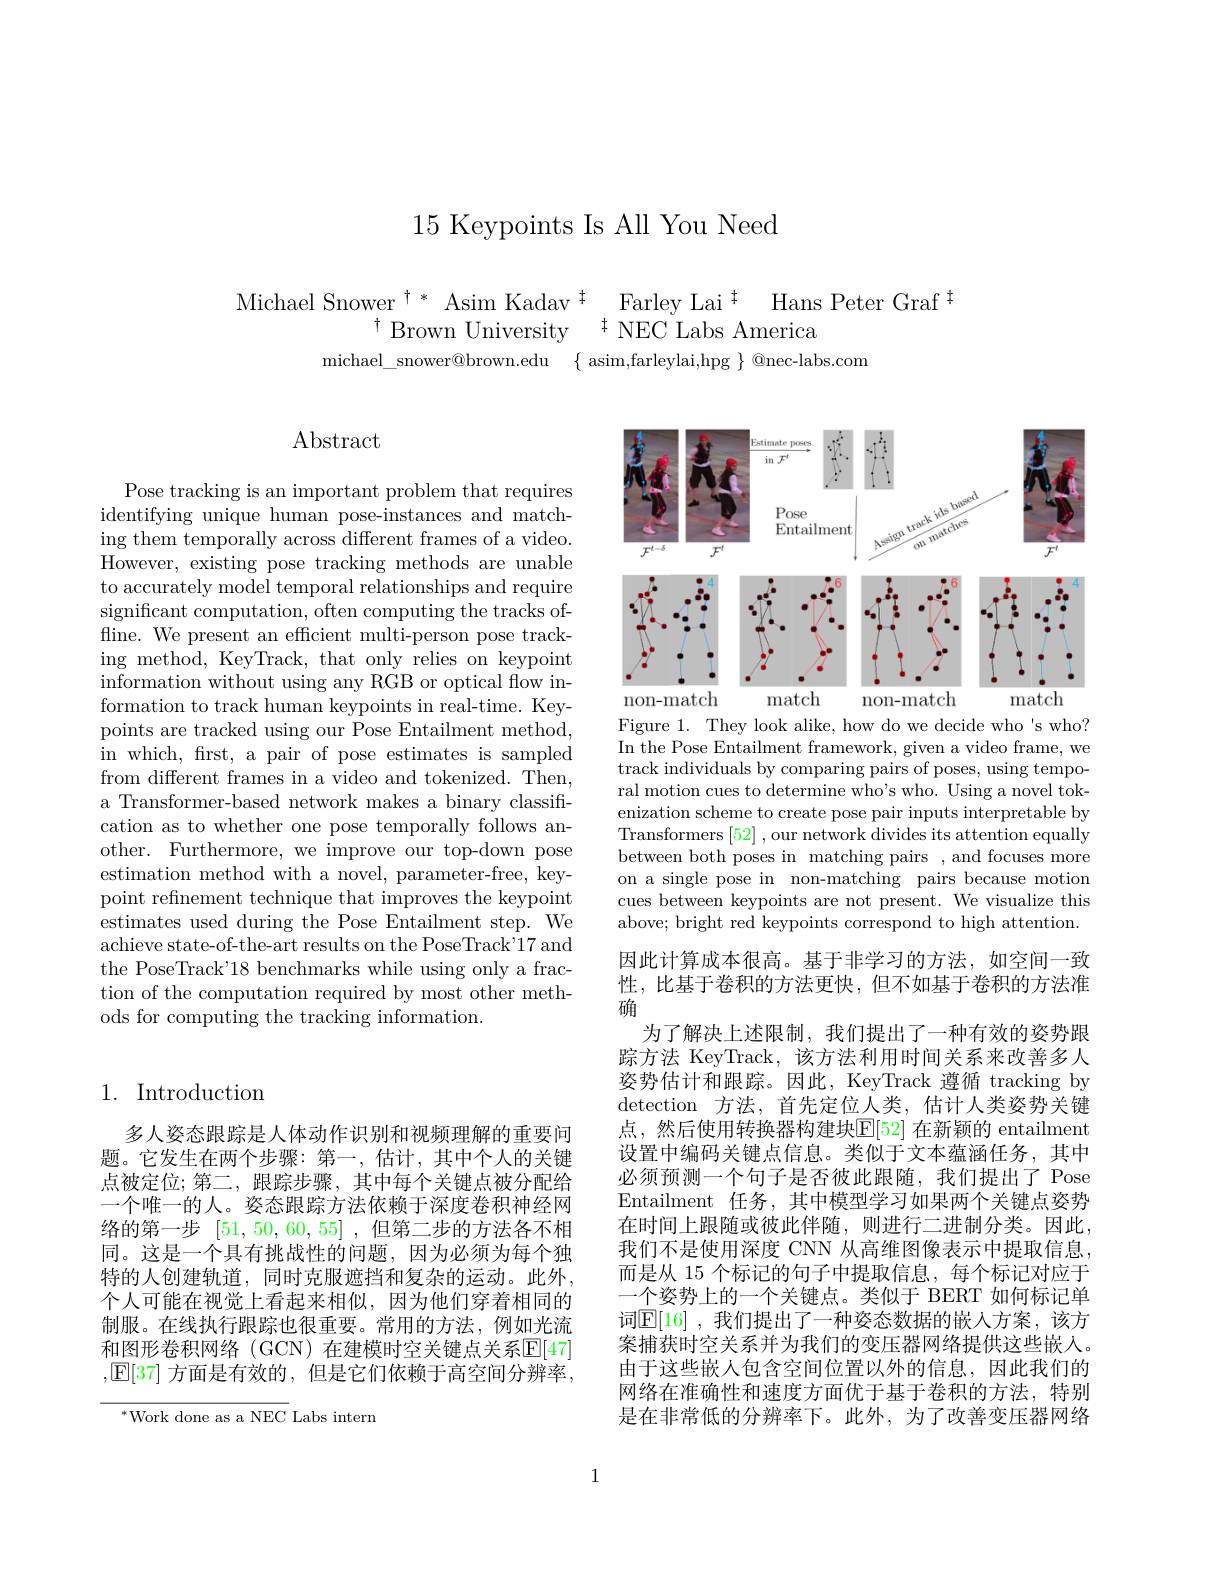
15 Keypoints Is All You Need

$\begin{array}{c}{\mathrm{Michael~Snower}^{\dagger*}}&{\mathrm{Asim~Kadav}^{\dagger}}&{\mathrm{Farley~Lai}^{\dagger}}&{\mathrm{Hans~Peter~Graf}^{\dagger}}\\{^{\dagger}}&{\mathrm{Brown~University}}&{^{\dagger}}&{\mathrm{NEC~Labs~America}}\end{array}$
$michael\_ snower@ brown. edu$ $\{ asim, farleylai, hpg \} @ nec- labs. com$

## Abstract

Pose tracking is an important problem that requires identifying unique human pose-instances and matching them temporally across different frames of a video. $\bar{\text{However, existing pose tracking methods are unable}}$ to accurately model temporal relationships and require significant computation, often computing the tracks offline. We present an efficient multi-person pose tracking method, KeyTrack, that only relies on keypoint information without using any RGB or optical flow information to track human keypoints in real-time. Keypoints are tracked using our Pose Entailment method, in which, first, a pair of pose estimates is sampled from different frames in a video and tokenized. Then, a Transformer-based network makes a binary classification as to whether one pose temporally follows another. Furthermore, we improve our top-down pose estimation method with a novel, parameter-free, keypoint refinement technique that improves the keypoint estimates used during the Pose Entailment step. We achieve state-of-the-art results on the PoseTrack'17 and the PoseTrack'18 benchmarks while using only a fraction of the computation required by most other methods for computing the tracking information.

## 1. Introduction

多人姿态跟踪是人体动作识别和视频理解的重要问题。它发生在两个步骤：第一，估计，其中个人的关键点被定位；第二，跟踪步骤，其中每个关键点被分配给一个唯一的人。姿态跟踪方法依赖于深度卷积神经网络的第一步[51,50,60,55] ,但第二步的方法各不相同。这是一个具有挑战性的问题，因为必须为每个独特的人创建轨道，同时克服遮挡和复杂的运动。此外， 个人可能在视觉上看起来相似，因为他们穿着相同的制服。在线执行跟踪也很重要。常用的方法，例如光流和图形卷积网络 (GCN) 在建模时空关键点关系$\mathbb{E}[47]$ ,E[37] 方面是有效的，但是它们依赖于高空间分辨率，

$^*$Work done as a NEC Labs intern

<FigureHere>

Figure 1. They look alike, how do we decide who's who? In the Pose Entailment framework, given a video frame, we track individuals by comparing pairs of poses, using temporal motion cues to determine who's who. Using a novel tokenization scheme to create pose pair inputs interpretable by Transformers [52] , our network divides its attention equally between both poses in matching pairs , and focuses more on a single pose in non-matching pairs because motion cues between keypoints are not present. We visualize this above; bright red keypoints correspond to high attention.

因此计算成本很高。基于非学习的方法，如空间一致性，比基于卷积的方法更快，但不如基于卷积的方法准确
为了解决上述限制，我们提出了一种有效的姿势跟踪方法 KeyTrack,该方法利用时间关系来改善多人姿势估计和跟踪。因此，KeyTrack 遵循 tracking by detection 方法，首先定位人类，估计人类姿势关键点，然后使用转换器构建块$\mathbb{E}[52]$ 在新颖的 entailment 设置中编码关键点信息。类似于文本蕴涵任务，其中必须预测一个句子是否彼此跟随，我们提出了 Pose Entailment 任务，其中模型学习如果两个关键点姿势在时间上跟随或彼此伴随，则进行二进制分类。因此， 我们不是使用深度 CNN 从高维图像表示中提取信息， 而是从 15 个标记的句子中提取信息，每个标记对应于一个姿势上的一个关键点。类似于 BERT 如何标记单词$\mathbb{E}[16]$ ,我们提出了一种姿态数据的嵌人方案，该方案捕获时空关系并为我们的变压器网络提供这些嵌人。由于这些嵌人包含空间位置以外的信息，因此我们的网络在准确性和速度方面优于基于卷积的方法，特别是在非常低的分辨率下。此外，为了改善变压器网络

1